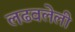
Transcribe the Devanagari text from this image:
लढवलेली